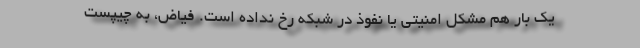
یک بار هم مشکل امنیتی یا نفوذ در شبکه رخ نداده است. فیاض، به چیپست